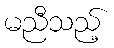
မညီသည့်